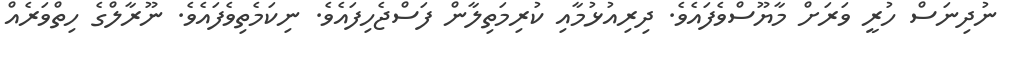
ނުދިނަސް ހުރީ ވަރަށް މާޔޫސްވެފައެވެ. ދިރިއުޅުމާއި ކުރިމަތިލާން ފަސްޖެހިފައެވެ. ނިކަމެތިވެފައެވެ. ނޫރާލްގެ ހިތްވަރެއް